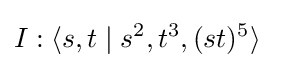
I:\langle s,t\mid s^{2},t^{3},(st)^{5}\rangle \